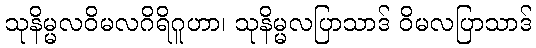
သုနိမ္မလဝိမလဂိရိဂူဟာ၊ သုနိမ္မလပြာသာဒ် ဝိမလပြာသာဒ်